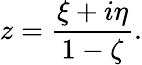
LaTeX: z={\frac{\xi+i\eta}{1-\zeta}}.